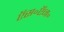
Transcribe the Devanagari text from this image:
ऍस॰ऍन॰